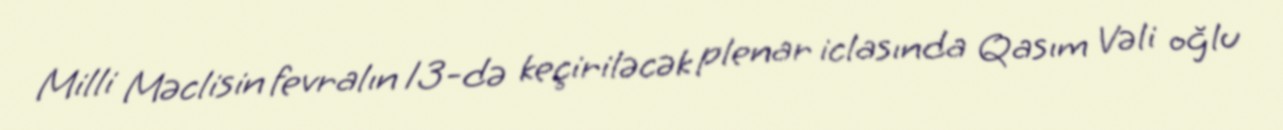
Milli Məclisin fevralın 13-də keçiriləcək plenar iclasında Qasım Vəli oğlu